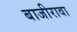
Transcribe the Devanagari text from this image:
बाजीरावा